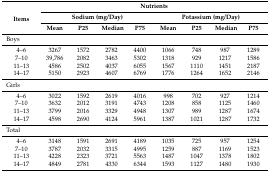
<table><thead><tr><td rowspan="3"><b>Items</b></td><td colspan="8"><b>Nutrients</b></td></tr><tr><td colspan="4"><b>Sodium (mg/Day)</b></td><td colspan="4"><b>Potassium (mg/Day)</b></td></tr><tr><td><b>Mean</b></td><td><b>P25</b></td><td><b>Median</b></td><td><b>P75</b></td><td><b>Mean</b></td><td><b>P25</b></td><td><b>Median</b></td><td><b>P75</b></td></tr></thead><tbody><tr><td colspan="9">Boys</td></tr><tr><td>4–6</td><td>3267</td><td>1572</td><td>2782</td><td>4400</td><td>1066</td><td>748</td><td>987</td><td>1289</td></tr><tr><td>7–10</td><td>39,786</td><td>2082</td><td>3463</td><td>5302</td><td>1318</td><td>929</td><td>1217</td><td>1586</td></tr><tr><td>11–13</td><td>4586</td><td>2502</td><td>4037</td><td>6055</td><td>1567</td><td>1110</td><td>1451</td><td>2187</td></tr><tr><td>14–17</td><td>5150</td><td>2923</td><td>4607</td><td>6769</td><td>1776</td><td>1264</td><td>1652</td><td>2146</td></tr><tr><td colspan="9">Girls</td></tr><tr><td>4–6</td><td>3022</td><td>1592</td><td>2619</td><td>4016</td><td>998</td><td>702</td><td>927</td><td>1214</td></tr><tr><td>7–10</td><td>3632</td><td>2012</td><td>3191</td><td>4743</td><td>1208</td><td>858</td><td>1125</td><td>1460</td></tr><tr><td>11–13</td><td>3799</td><td>2016</td><td>3329</td><td>4948</td><td>1307</td><td>989</td><td>1287</td><td>1674</td></tr><tr><td>14–17</td><td>4598</td><td>2690</td><td>4124</td><td>5961</td><td>1387</td><td>1021</td><td>1287</td><td>1732</td></tr><tr><td colspan="9">Total</td></tr><tr><td>4–6</td><td>3148</td><td>1591</td><td>2691</td><td>4189</td><td>1035</td><td>725</td><td>957</td><td>1254</td></tr><tr><td>7–10</td><td>3787</td><td>2032</td><td>3315</td><td>4995</td><td>1259</td><td>887</td><td>1169</td><td>1523</td></tr><tr><td>11–13</td><td>4228</td><td>2323</td><td>3721</td><td>5563</td><td>1487</td><td>1047</td><td>1378</td><td>1802</td></tr><tr><td>14–17</td><td>4849</td><td>2781</td><td>4330</td><td>6344</td><td>1593</td><td>1127</td><td>1480</td><td>1930</td></tr></tbody></table>